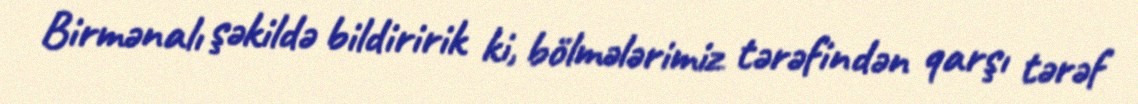
Birmənalı şəkildə bildiririk ki, bölmələrimiz tərəfindən qarşı tərəf